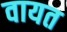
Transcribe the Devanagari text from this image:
वायत